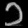
Digit: ၁